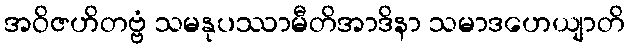
အဝိဇဟိတဗ္ဗံ သမနုပဿာမီတိအာဒိနာ သမာဒဟေယျာတိ